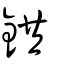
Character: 鉷